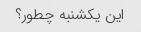
این یکشنبه چطور؟